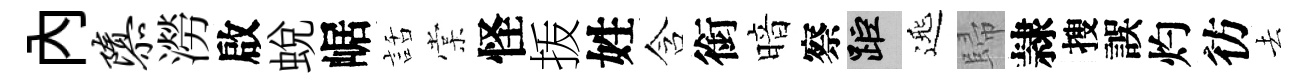
内隳澇啟蛻崌話棠怪㧞姓含銜暗察距𨓱歸隷搜誤灼彷去